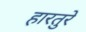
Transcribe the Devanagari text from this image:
हारतुरे